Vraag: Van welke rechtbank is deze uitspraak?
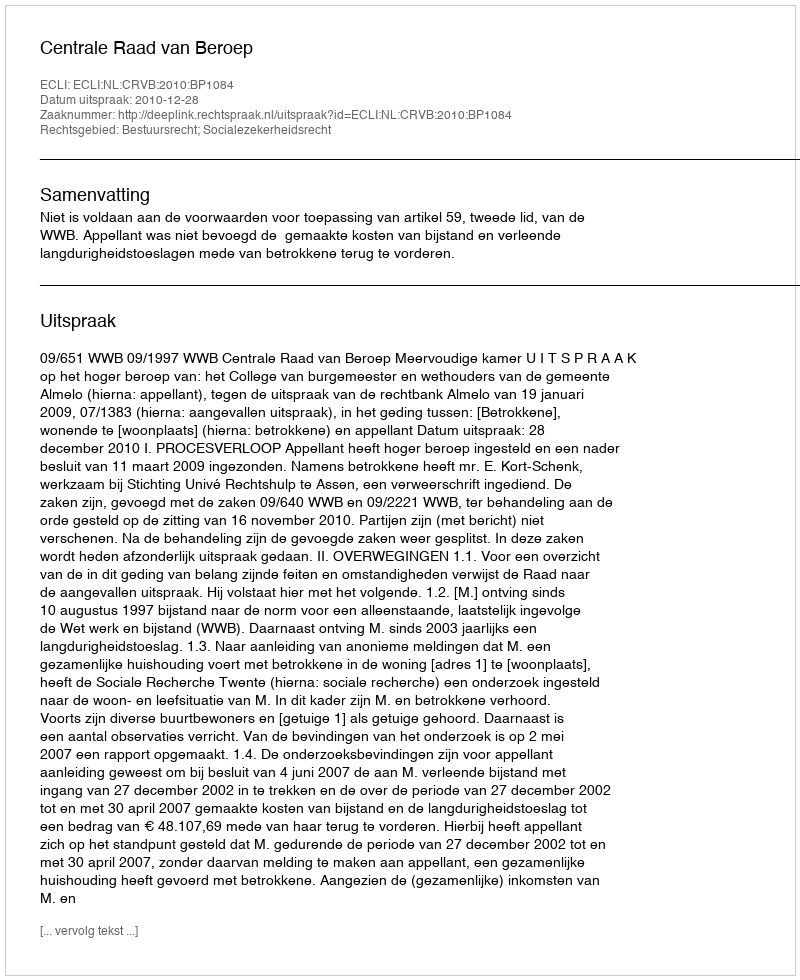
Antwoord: Centrale Raad van Beroep